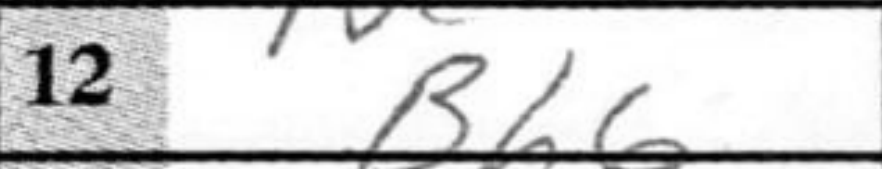
Transcription: Bh6